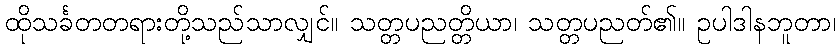
ထိုသင်္ခတတရားတို့သည်သာလျှင်။ သတ္တပညတ္တိယာ၊ သတ္တပညတ်၏။ ဥပါဒါနဘူတာ၊